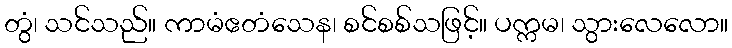
တွံ၊ သင်သည်။ ကာမံဧတံသေန၊ စင်စစ်သဖြင့်။ ပက္ကမ၊ သွားလေလော။